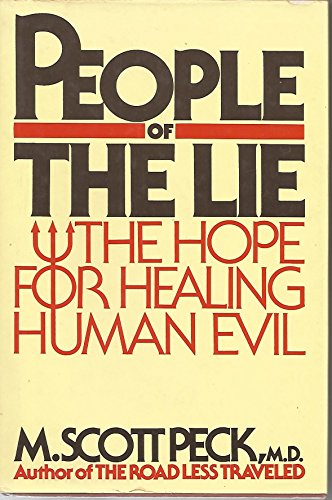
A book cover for People of the Lie: The Hope for Healing Human Evil; M. Scott Peck; Health, Fitness & Dieting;